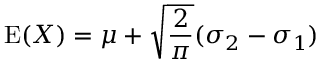
\operatorname { E } ( X ) = \mu + { \sqrt { \frac { 2 } { \pi } } } ( \sigma _ { 2 } - \sigma _ { 1 } )